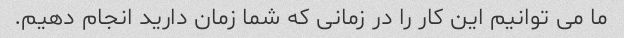
ما می توانیم این کار را در زمانی که شما زمان دارید انجام دهیم.